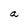
Character: a